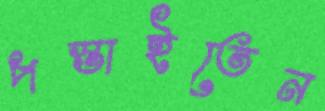
পস্তাইতেন